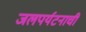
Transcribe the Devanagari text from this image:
जलपर्यटनाची